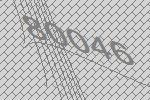
80046